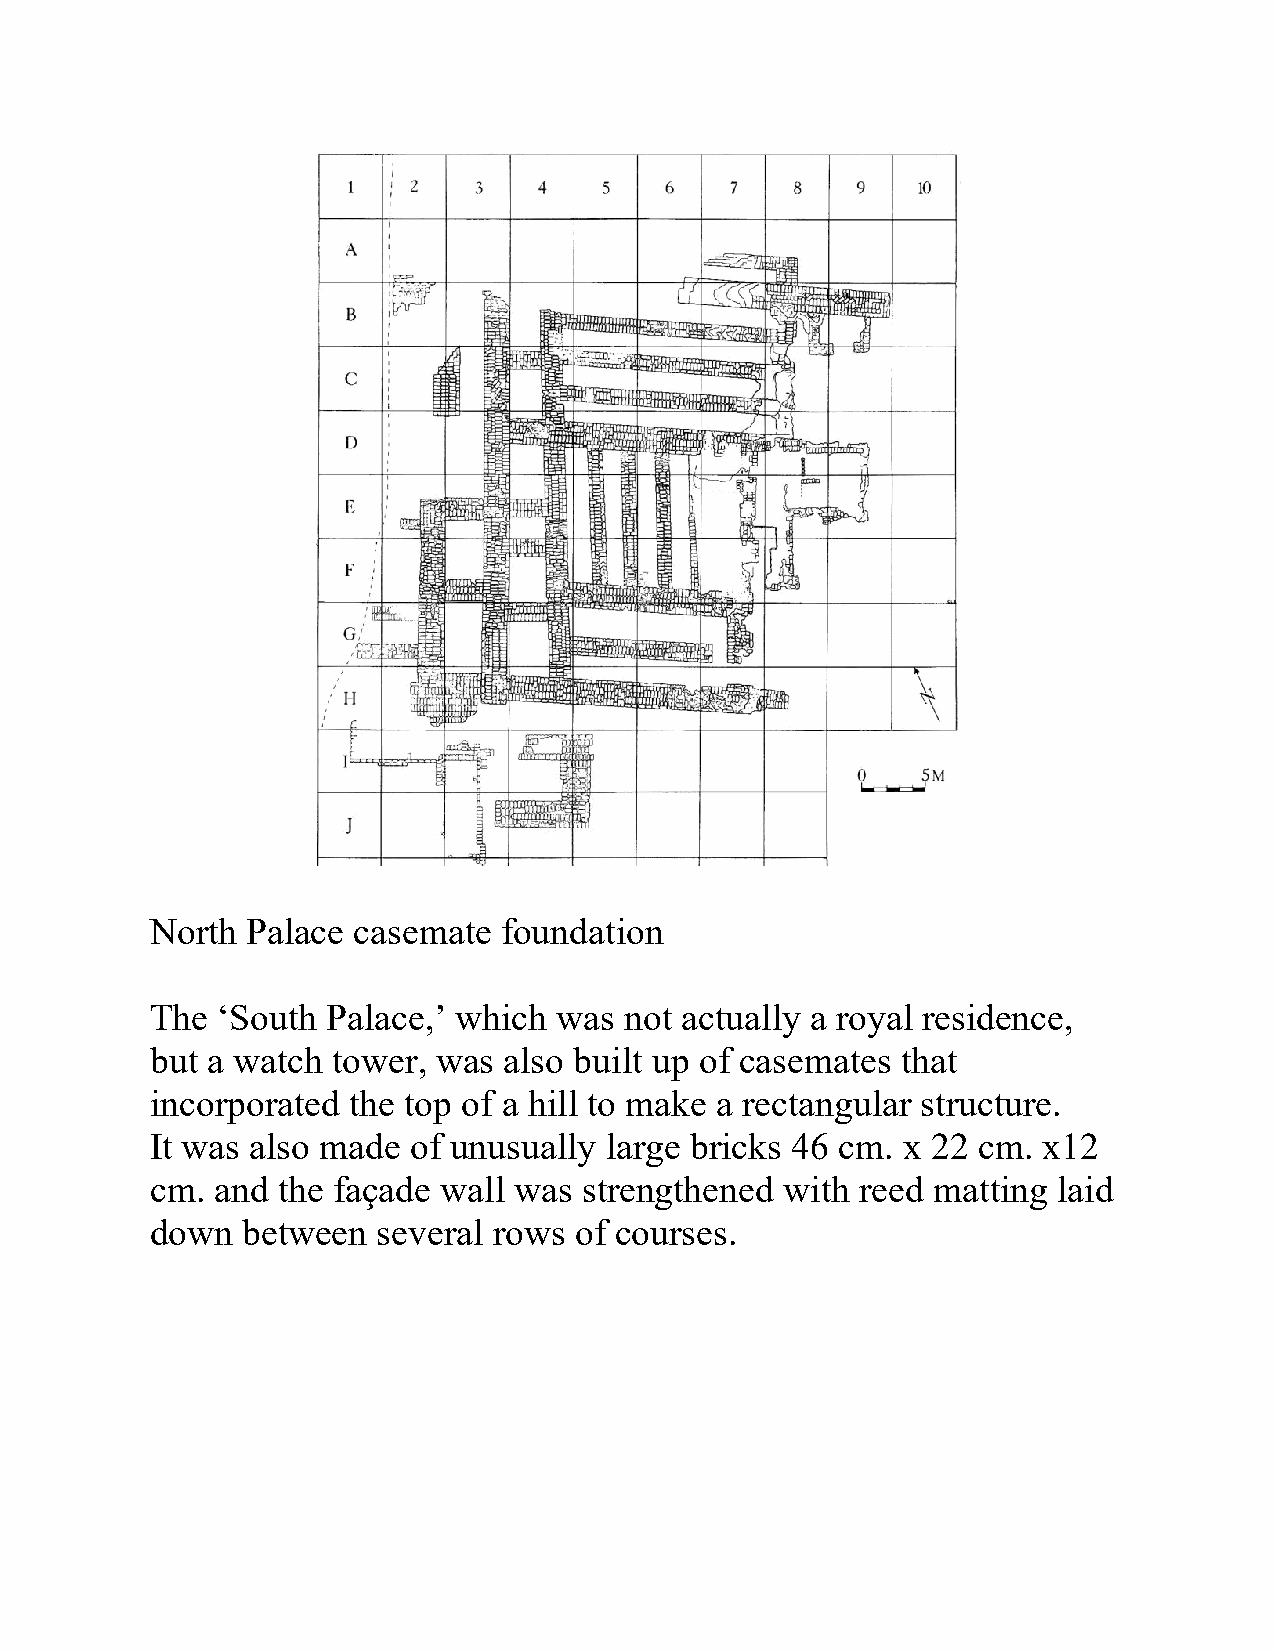
North Palace casemate  foundation
 The ‘South  Palace,’ which was not actually a royal residence,
 but a watch tower, was also built up of casemates that
 incorporated the top of a hill to make a rectangular structure.
 It was also made of unusually large bricks 46 cm. x 22 cm. x12
 cm. and the façade wall was  strengthened with reed matting laid
 down  between  several rows of courses.